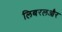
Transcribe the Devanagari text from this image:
लिबरलऔर